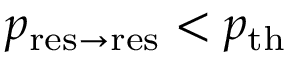
p _ { \mathrm { r e s \to r e s } } < p _ { \mathrm { t h } }